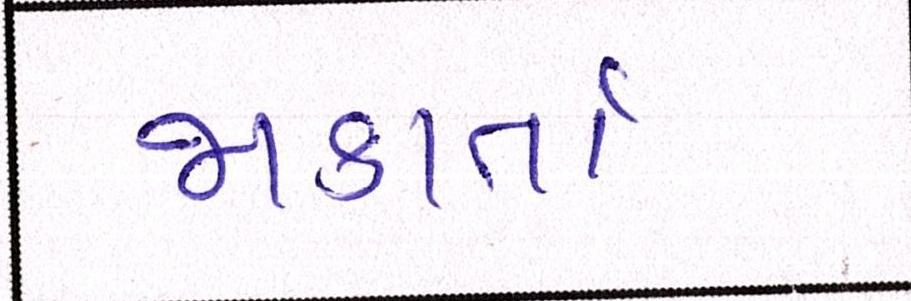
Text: જાકાર્તા